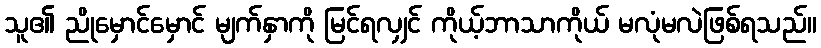
သူ၏ ညိုမှောင်မှောင် မျက်နှာကို မြင်ရလျှင် ကိုယ့်ဘာသာကိုယ် မလုံမလဲဖြစ်ရသည်။